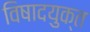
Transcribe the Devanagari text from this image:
विषादयुक्त